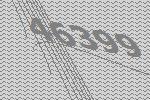
46399